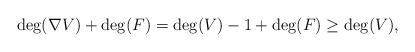
LaTeX: \begin{align*} \mathrm{deg}(\nabla V) + \mathrm{deg}(F) = \mathrm{deg}(V) - 1 + \mathrm{deg}(F) \geq \mathrm{deg}(V), \end{align*}